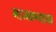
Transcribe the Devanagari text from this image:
माजवण्याचा